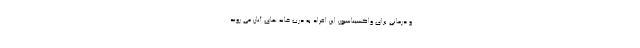
و درمانی برای واکسیناسیون این افراد به درب خانه های آنان می روند.